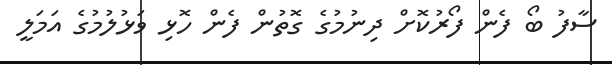
ސާފު ބޯ ފެން ފޯރުކޮށް ދިނުމުގެ ގޮތުން ފެން ހޮޅި ވަޅުލުމުގެ އަމަލީ